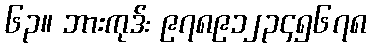
၆၃။ ဘားကုဒ်: ၉၇၈၉၁၂၃၄၅၆၇၈